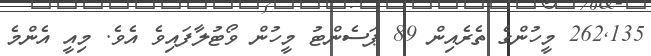
262